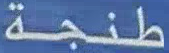
طنجة